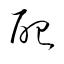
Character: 配